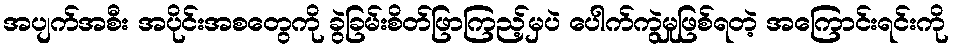
အပျက်အစီး အပိုင်းအစတွေကို ခွဲခြမ်းစိတ်ဖြာကြည့်မှပဲ ပေါက်ကွဲမှုဖြစ်ရတဲ့ အကြောင်းရင်းကို